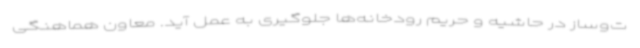
ت‌وساز در حاشیه و حریم رودخانه‌ها جلوگیری به عمل آید. معاون هماهنگی